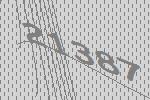
21387